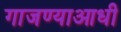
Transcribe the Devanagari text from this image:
गाजण्याआधी